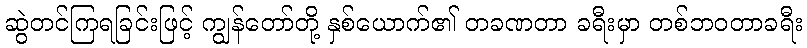
ဆွဲတင်ကြရခြင်းဖြင့် ကျွန်တော်တို့ နှစ်ယောက်၏ တခဏတာ ခရီးမှာ တစ်ဘဝတာခရီး